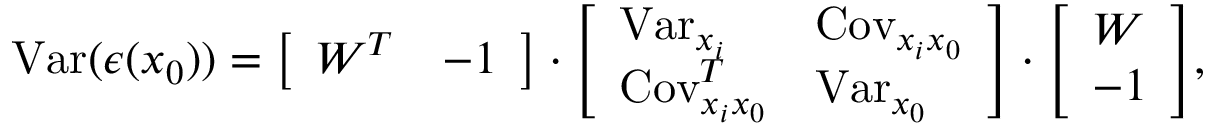
\operatorname { V a r } ( \epsilon ( x _ { 0 } ) ) = { \left[ \begin{array} { l l } { W ^ { T } } & { - 1 } \end{array} \right] } \cdot { \left[ \begin{array} { l l } { \operatorname { V a r } _ { x _ { i } } } & { \operatorname { C o v } _ { x _ { i } x _ { 0 } } } \\ { \operatorname { C o v } _ { x _ { i } x _ { 0 } } ^ { T } } & { \operatorname { V a r } _ { x _ { 0 } } } \end{array} \right] } \cdot { \left[ \begin{array} { l } { W } \\ { - 1 } \end{array} \right] } ,